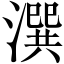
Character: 潠